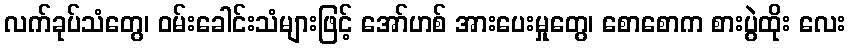
လက်ခုပ်သံတွေ၊ ဝမ်းခေါင်းသံများဖြင့် အော်ဟစ် အားပေးမှုတွေ၊ စောစောက စားပွဲထိုး လေး